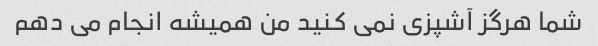
شما هرگز آشپزی نمی کنید من همیشه انجام می دهم